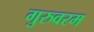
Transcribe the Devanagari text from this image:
गुरुवरम